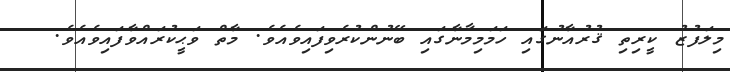
މިލަފުޒު ކީރިތި ޤުރުއާނުގައި ހަމަމިމާނާގައި ބޭނުންކުރެވިފައިވެއެވެ. މާތް ވަޙީކުރައްވާފައިވެއެވެ.